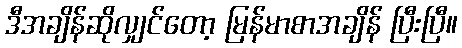
ဒီအချိန်ဆိုလျှင်တော့ မြန်မာစာအချိန် ပြီးပြီ။